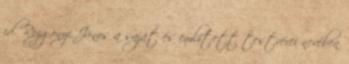
id. Rozgonyi János a saját és említett testvérei nevében